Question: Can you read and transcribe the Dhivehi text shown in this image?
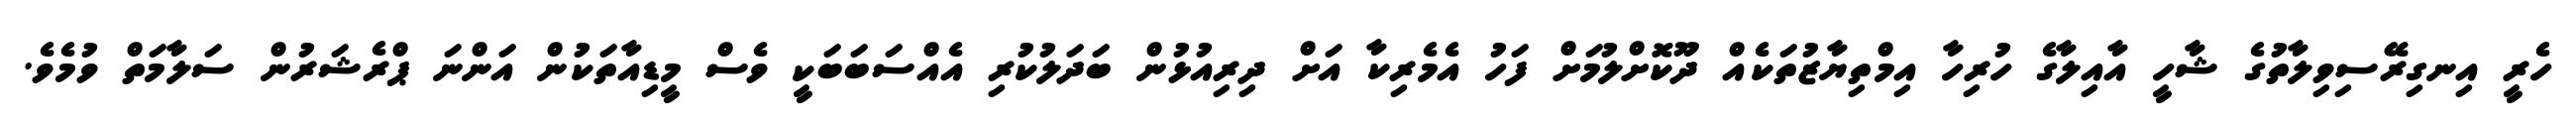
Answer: ހެރީ އިނގިރޭސިވިލާތުގެ ޝާހީ އާއިލާގެ ހުރިހާ އިމްތިޔާޒުތަކެއް ދޫކޮށްލުމަށް ފަހު އެމެރިކާ އަށް ދިރިއުޅުން ބަދަލުކުރި އެއްސަބަބަކީ ވެސް މީޑިއާތަކުން އަންނަ ޕްރެޝަރުން ސަލާމަތް ވުމެވެ.